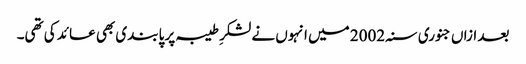
بعد ازاں جنوری سنہ 2002 میں انہوں نے لشکرِ طیبہ پر پابندی بھی عائد کی تھی۔